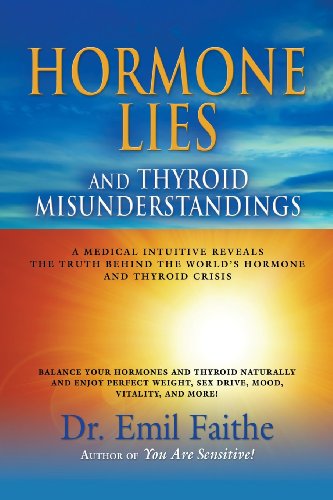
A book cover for Hormone Lies and Thyroid Misunderstandings: A Medical Intuitive Reveals the Truth Behind the World's Hormone and Thyroid Crisis; Emil Faithe; Health, Fitness & Dieting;